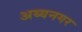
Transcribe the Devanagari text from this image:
अय्यनगर